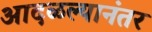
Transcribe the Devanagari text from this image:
आदळल्यानंतर